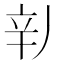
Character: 𲅄